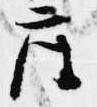
座